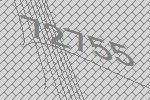
72755